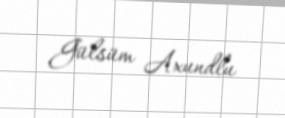
Gülsüm Axundlu